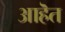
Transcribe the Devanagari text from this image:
आहॆत